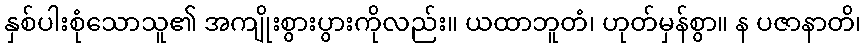
နှစ်ပါးစုံသောသူ၏ အကျိုးစွားပွားကိုလည်း။ ယထာဘူတံ၊ ဟုတ်မှန်စွာ။ န ပဇာနာတိ၊